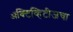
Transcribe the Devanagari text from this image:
ॲक्टिव्हिटीजचा